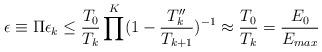
LaTeX: \begin{align*}\epsilon \equiv \Pi \epsilon_k \leq \frac{T_0}{T_k} \prod^K(1-\frac{T_k''}{T_{k+1}})^{-1}\approx \frac{T_0}{T_k}=\frac{E_0}{E_{max}}\end{align*}